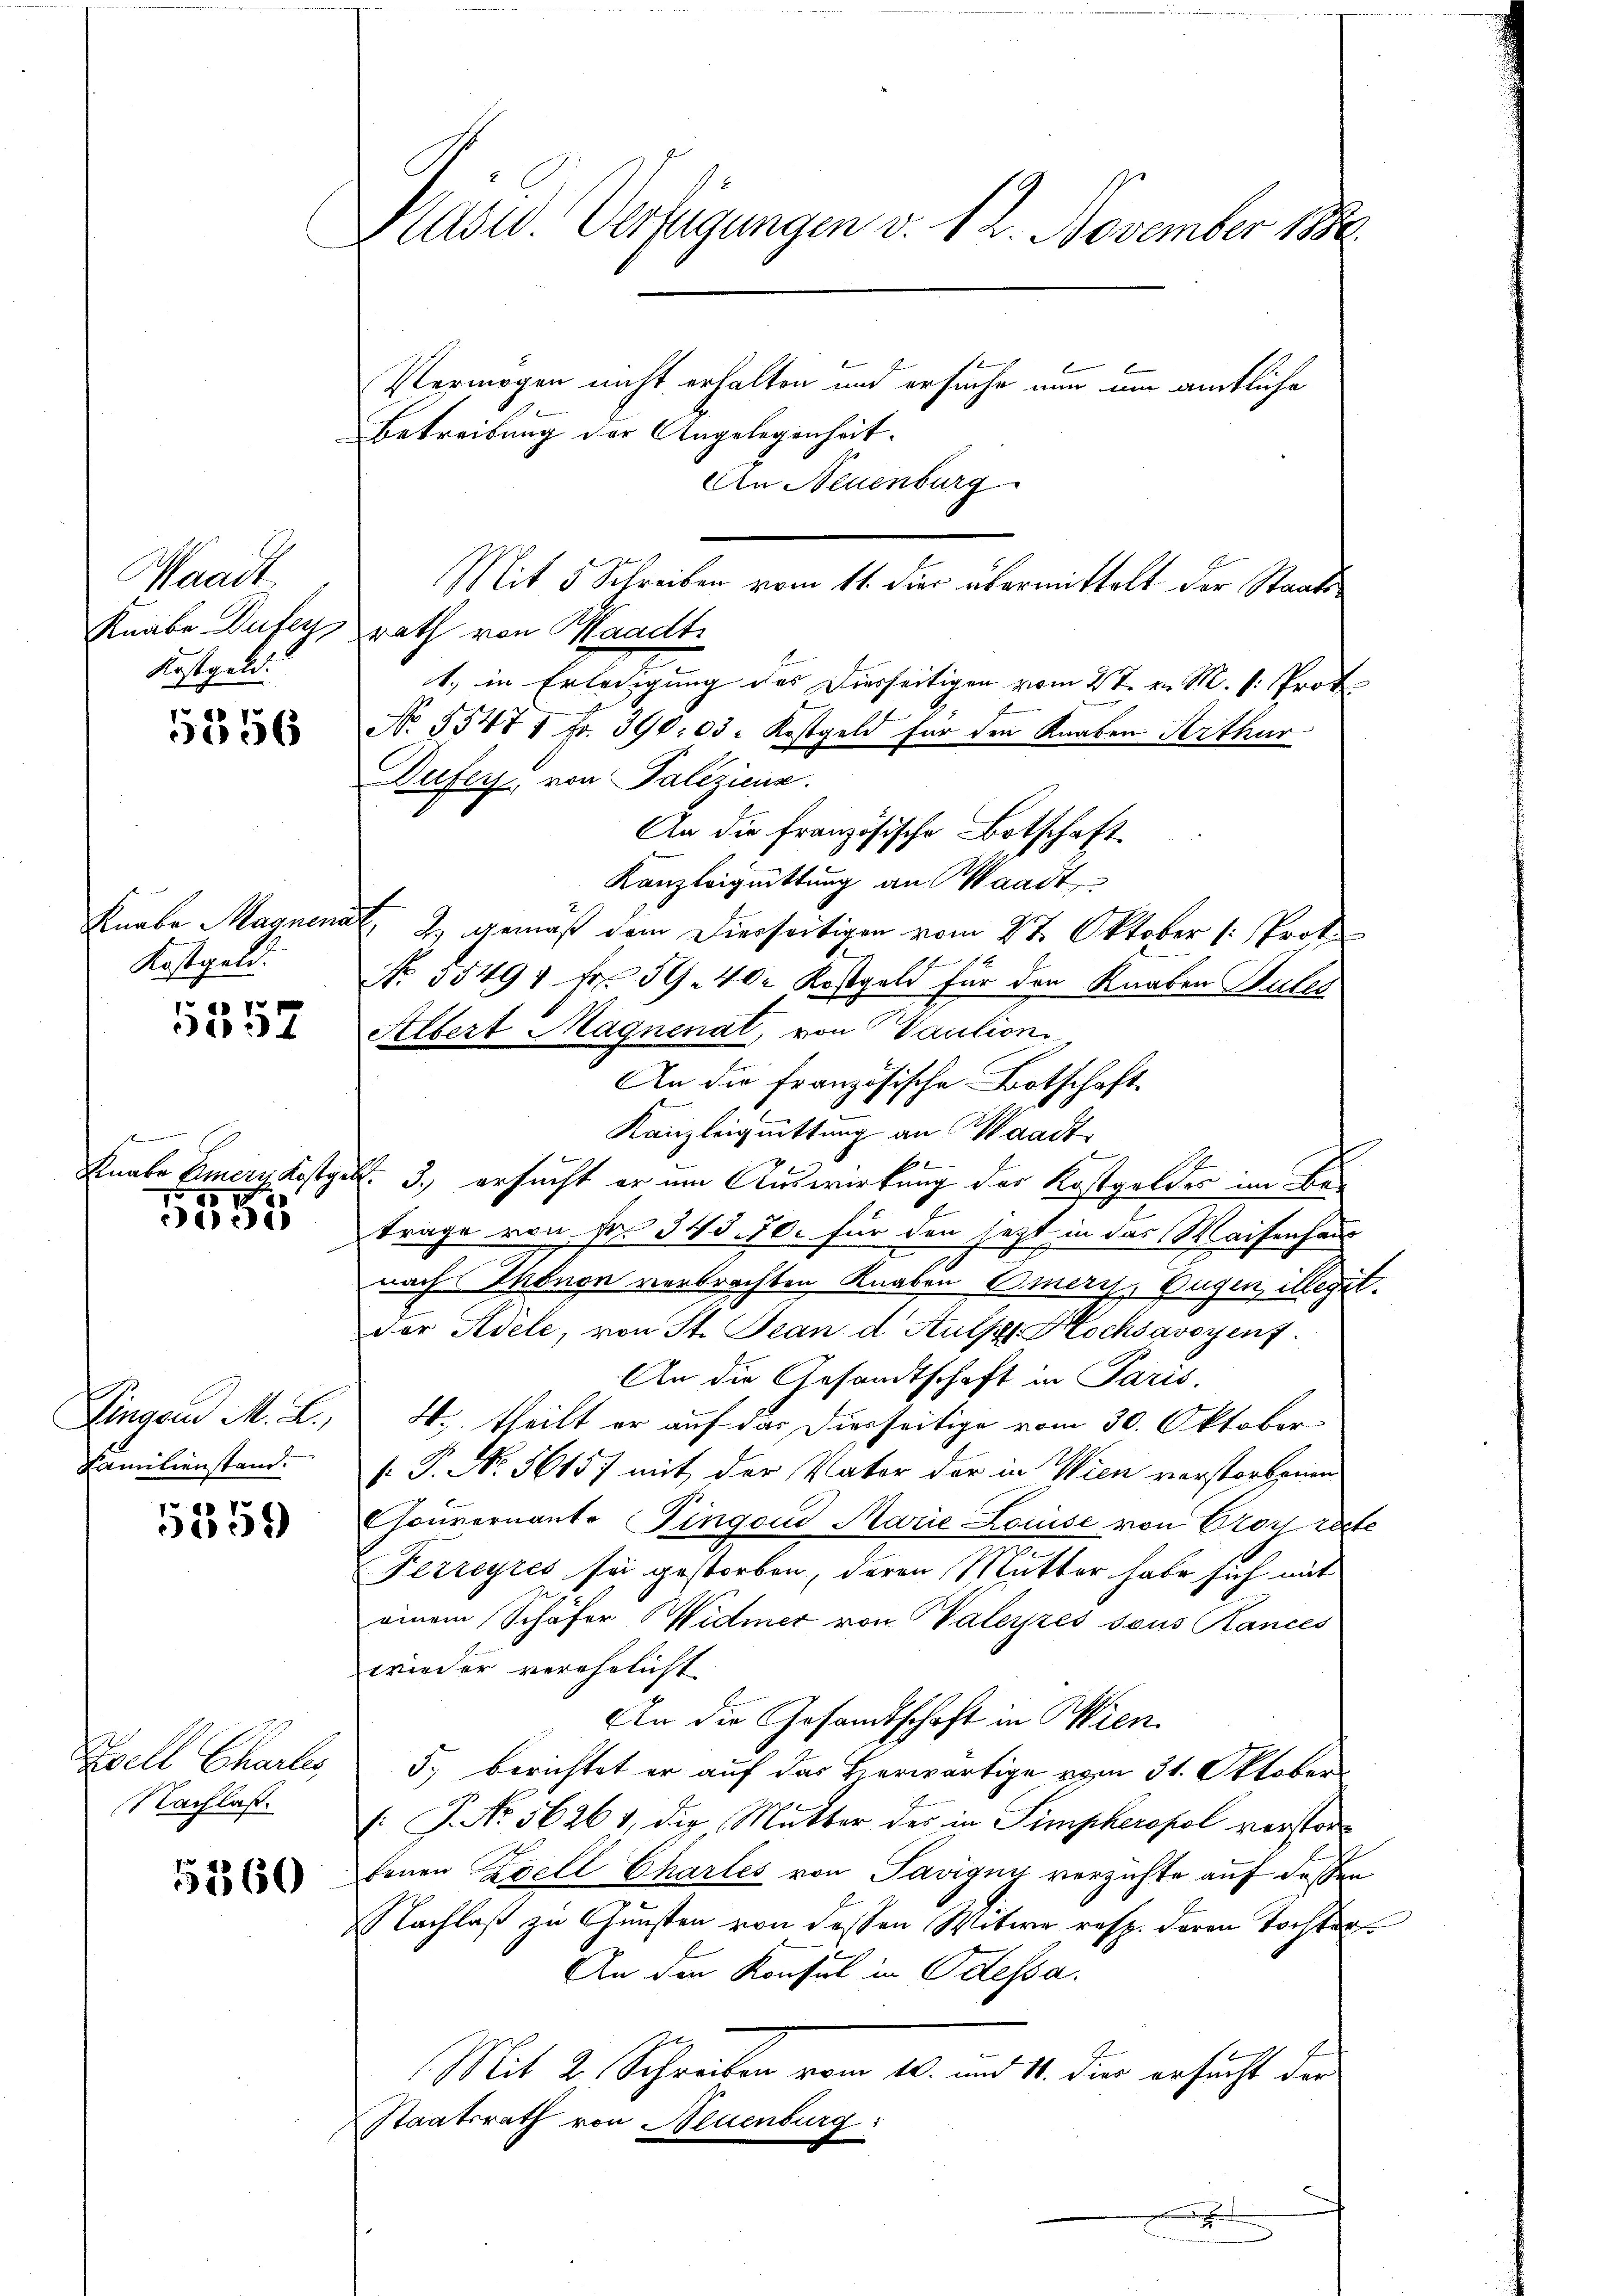
Waadt
Knabe Dufer,
Kostgeld.

5356

5357

5359

5360

Kostgeld.

e
25
1

Zingend M. L.,
Familienstand.

Zell Charles
Nachlaß.

Preise. Verfügungen v. 12. November 1890.
Vermögen nicht erhalten und ersuche nun um amtliche
Betreibung der Angelegenheit.
An Neuenburg

E

Mit 5 Schreiben vom 11. der übermittelt der Staatsrath von Waadt
1. in Erledigung des Diesseitigen vom 2ten v. M. v. Prot
No 5547 1 Fr. 390. 03. Kostgeld für den Knaben Verthur
Dufers, von Paliziens.
An die französische Botschaft
Kanzleiguittung an Waadt,
Knabe Magnenat, 2. gemäß dem Dierseitigen vom 27. Oktober (: Prof.
1 x
No. 35491 fr. 54. 40. Kostgeld für den Knaben Gutes
Albert Magnenat, von Vaution
An die französische Botschaft.
Kanzleiguittung an Waadt
Knabe Emers Kostges. 3., ersucht er um Auswirkung des Kostgeldes im Betrage von Fr. 345. 50. für den jetzt in das Waisenhaus
nach Thonon verbrachten Knaben Omers, Eugen illegit.
dor Pedele, von St. Jean d Hulf Hochsavoyent.
An die Gesandtschaft in Paris,
4. theilt er auf das Diesseitige vom 30. Oktober
 P. Nr. 56157 mit der Vater der in Wien verstorbenen
houvernante Fingend Marie Louise von Correste
Ferreyres sei gestorben, deren Mutter habe sich mit
einem Schäfer Widmer von Waleyzes sous Kances
wieder verähnlicht
An die Gesamtschaft in Wien.
5.) berichtet er auf das herwärtige vom 31. Oktober
: P. No. 56261, die Mutter des in Simpkeropol verstortenen Zell Chartes von Savigny verzichte auf deßen
Nachlaß zu Gunsten von dessen Witwe resp. deren Tochter¬
An den Konsul in Odessa.
Mit 2. Schreiben vom 10. und 11. der gesucht der
Staatsrath von Neuenburg:
.